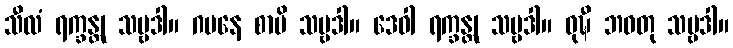
သီလံ ရက္ခန္တု သဗ္ဗဒါ။ ဂမနေ စာပိ သဗ္ဗဒါ။ ဒေဝါ ရက္ခန္တု သဗ္ဗဒါ။ ဝုဍ္ဎီ ဘဝတု သဗ္ဗဒါ။